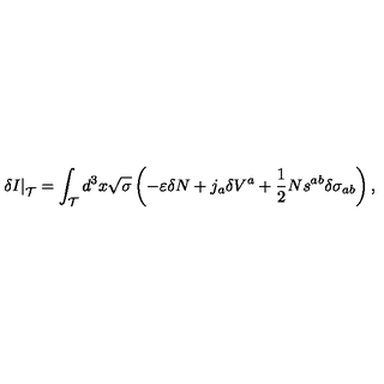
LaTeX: \left. \delta I \right| _ { { \cal T } } = \int _ { { \cal T } } d ^ { 3 } x \sqrt { \sigma } \left( - \varepsilon \delta N + j _ { a } \delta V ^ { a } + \frac { 1 } { 2 } N s ^ { a b } \delta \sigma _ { a b } \right) ,